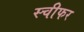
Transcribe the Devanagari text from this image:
स्चीफर